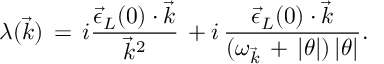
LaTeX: \lambda ( \vec { k } ) \, = \, i \frac { { \vec { \epsilon } } _ { L } ( 0 ) \cdot \vec { k } } { { \vec { k } } ^ { 2 } } \, + i \, \frac { { \vec { \epsilon } } _ { L } ( 0 ) \cdot \vec { k } } { ( \omega _ { \vec { k } } \, + \, | \theta | ) \, | \theta | } .